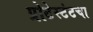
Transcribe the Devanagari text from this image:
प्रोटेस्टंटचा